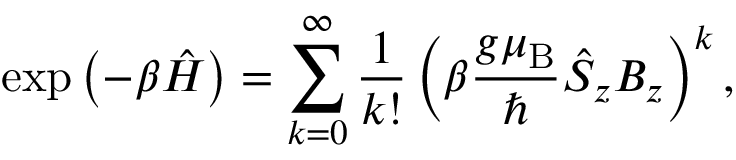
\exp { \left( - \beta \hat { \cal H } \right) } = \sum _ { k = 0 } ^ { \infty } \frac { 1 } { k ! } \left( \beta \frac { g { \ensuremath { \mu _ { \mathrm { B } } } } } { \hbar } \hat { S } _ { z } B _ { z } \right) ^ { k } ,